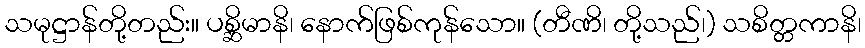
သမုဋ္ဌာန်တို့တည်း။ ပစ္ဆိမာနိ၊ နောက်ဖြစ်ကုန်သော။ (တီဏိ၊ တို့သည်၊) သစိတ္တကာနိ၊